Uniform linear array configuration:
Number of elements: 64
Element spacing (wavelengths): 0.5
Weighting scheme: uniform
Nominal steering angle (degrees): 45
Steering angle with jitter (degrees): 44.784
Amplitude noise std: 0.05
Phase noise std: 0.05

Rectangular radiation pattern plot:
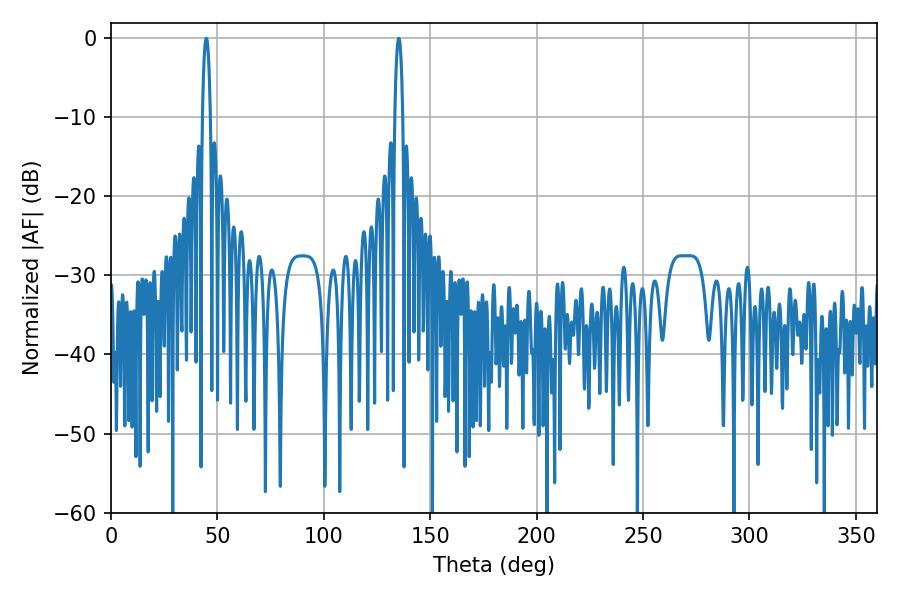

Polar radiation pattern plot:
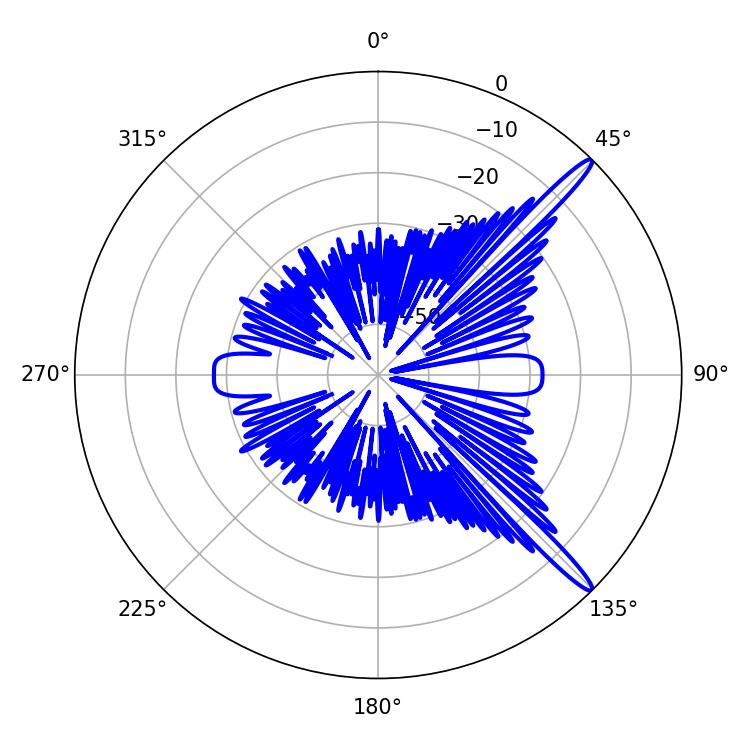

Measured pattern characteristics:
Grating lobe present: FALSE
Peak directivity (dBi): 15.132
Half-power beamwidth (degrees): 2.16
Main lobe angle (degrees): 135.18